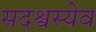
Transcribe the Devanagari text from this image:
सदश्वस्येव